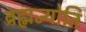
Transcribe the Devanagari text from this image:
ब्रह्मज्योति